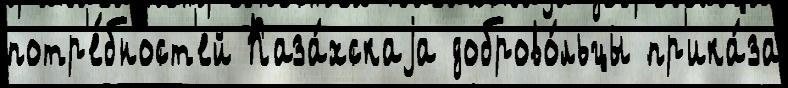
потр'е́бност'ей Каза́хскаjа доброво́льцы пр'ика́за